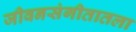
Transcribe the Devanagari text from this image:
जीवनसंगीतातला